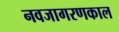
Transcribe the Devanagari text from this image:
नवजागरणकाल